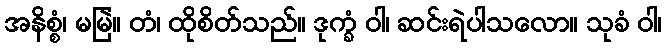
အနိစ္စံ၊ မမြဲ။ တံ၊ ထိုစိတ်သည်။ ဒုက္ခံ ဝါ၊ ဆင်းရဲပါသလော။ သုခံ ဝါ၊